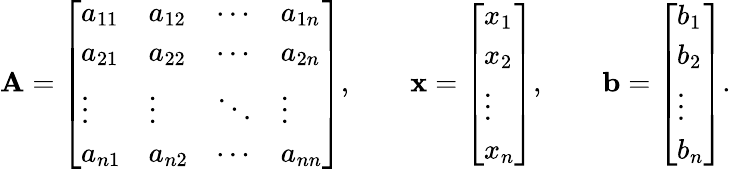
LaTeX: \mathbf{A}={\left[\begin{array}{llll}{a_{11}}&{a_{12}}&{\cdots}&{a_{1n}}\\ {a_{21}}&{a_{22}}&{\cdots}&{a_{2n}}\\ {\vdots}&{\vdots}&{\ddots}&{\vdots}\\ {a_{n1}}&{a_{n2}}&{\cdots}&{a_{nn}}\end{array}\right]},\qquad\mathbf{{x}}={\left[\begin{array}{l}{x_{1}}\\ {x_{2}}\\ {\vdots}\\ {x_{n}}\end{array}\right]},\qquad\mathbf{{b}}={\left[\begin{array}{l}{b_{1}}\\ {b_{2}}\\ {\vdots}\\ {b_{n}}\end{array}\right]}.